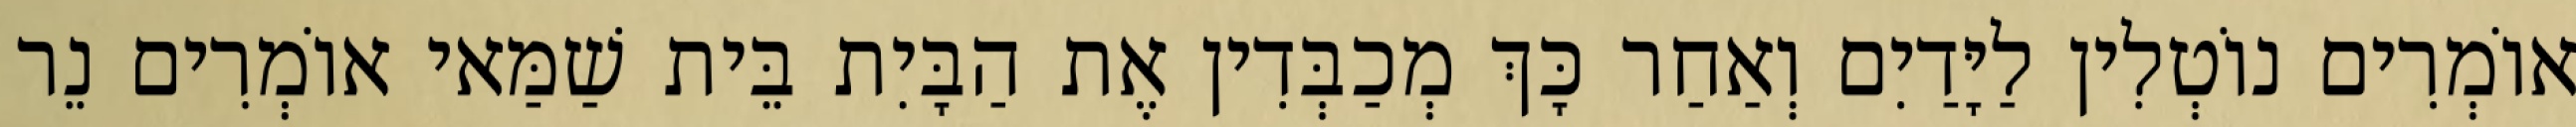
אוֹמְרִים נוֹטְלִין לַיָּדַיִם וְאַחַר כָּךְ מְכַבְּדִין אֶת הַבָּיִת בֵּית שַׁמַּאי אוֹמְרִים נֵר